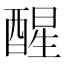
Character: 醒